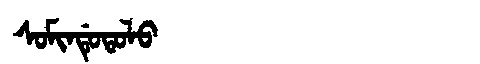
Manchu: ᠰᠣᠮᡳᠨᡩᡠᡨᠣᠯᠣ
Romanization: SOMINDUTOLO